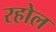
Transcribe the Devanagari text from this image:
रहोल